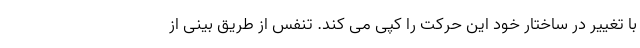
با تغییر در ساختار خود این حرکت را کپی می کند. تنفس از طریق بینی از